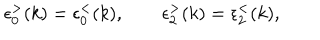
\epsilon _ { 0 } ^ { > } ( k ) = \epsilon _ { 0 } ^ { < } ( k ) , \qquad \epsilon _ { 2 } ^ { > } ( k ) = \epsilon _ { 2 } ^ { < } ( k ) ,